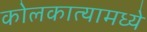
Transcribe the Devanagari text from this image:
कोलकात्यामध्ये